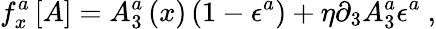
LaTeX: f_{x}^{a}\left[A\right]=A_{3}^{a}\left(x\right)\left(1-\epsilon^{a}\right)+\eta\partial_{3}A_{3}^{a}\epsilon^{a}\ ,